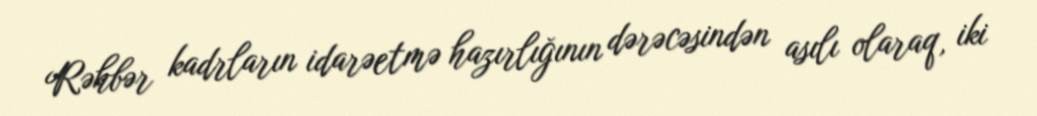
Rəhbər kadrların idarəetmə hazırlığının dərəcəsindən asılı olaraq, iki